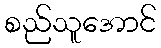
စည်သူအောင်